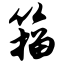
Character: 籀